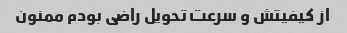
از کیفیتش و سرعت تحویل راضی بودم ممنون